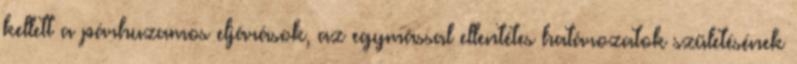
kellett a párhuzamos eljárások, az egymással ellentétes határozatok születésének